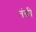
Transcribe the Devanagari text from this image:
तंग्री